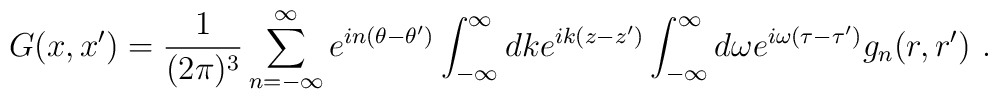
G(x,x')=\frac1{(2\pi)^3}\sum_{n=-\infty}^\infty e^{in(\theta-\theta')}\int_{-\infty}^\infty dk e^{ik(z-z')} \int_{-\infty}^{\infty} d\omega e^{i\omega (\tau-\tau')} g_n(r,r') \ .